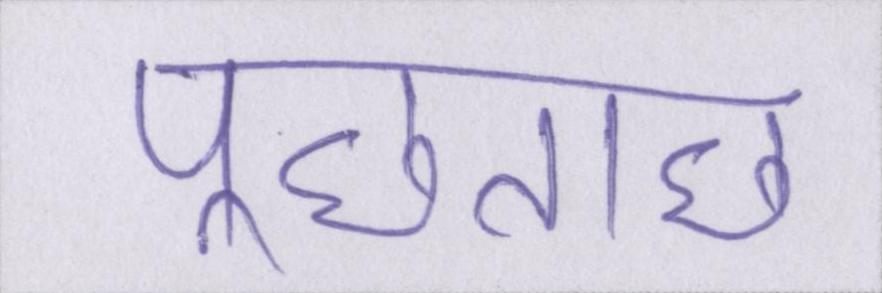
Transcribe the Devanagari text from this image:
पूछताछ